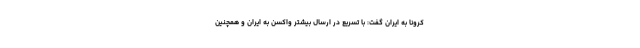
کرونا به ایران گفت: با تسریع در ارسال بیشتر واکسن به ایران و همچنین